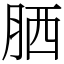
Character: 𦚵